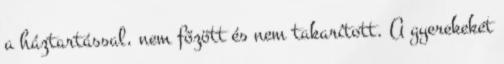
a háztartással, nem főzött és nem takarított. A gyerekeket